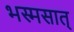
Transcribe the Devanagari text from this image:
भस्मसात्